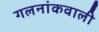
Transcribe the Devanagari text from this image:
गलनांकवाली